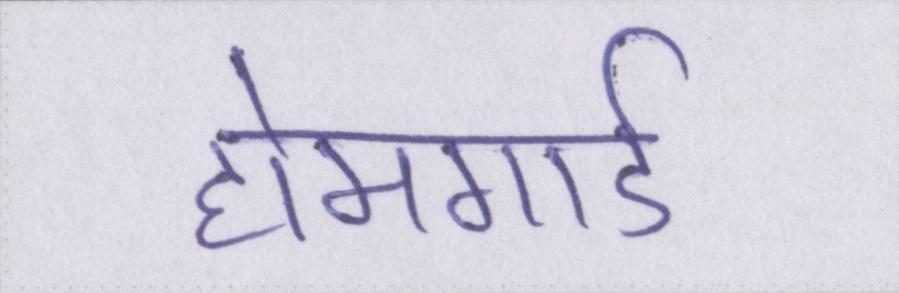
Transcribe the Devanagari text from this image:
होमगार्ड